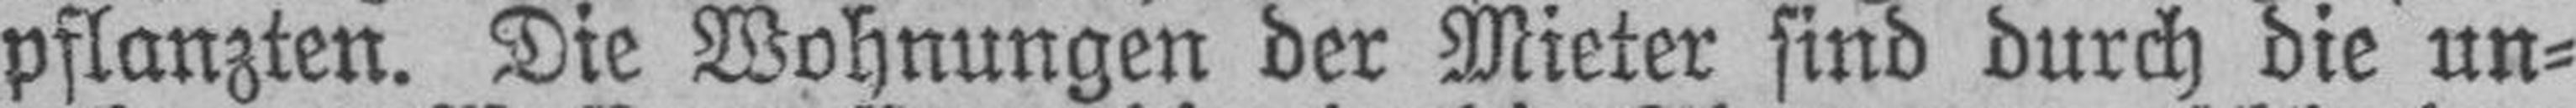
pflanzten. Die Wohnungen der Mieter sind durch die un¬